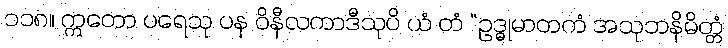
၁၁၈။ ဣတော ပရေသု ပန ဝိနီလကာဒီသုပိ ယံ တံ “ဥဒ္ဓုမာတကံ အသုဘနိမိတ္တံ